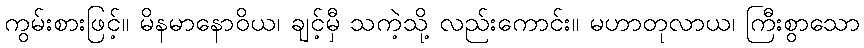
ကွမ်းစားဖြင့်။ မိနမာနောဝိယ၊ ချင့်မှီ သကဲ့သို့ လည်းကောင်း။ မဟာတုလာယ၊ ကြီးစွာသော